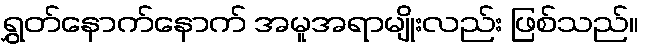
ရွှတ်နောက်နောက် အမူအရာမျိုးလည်း ဖြစ်သည်။